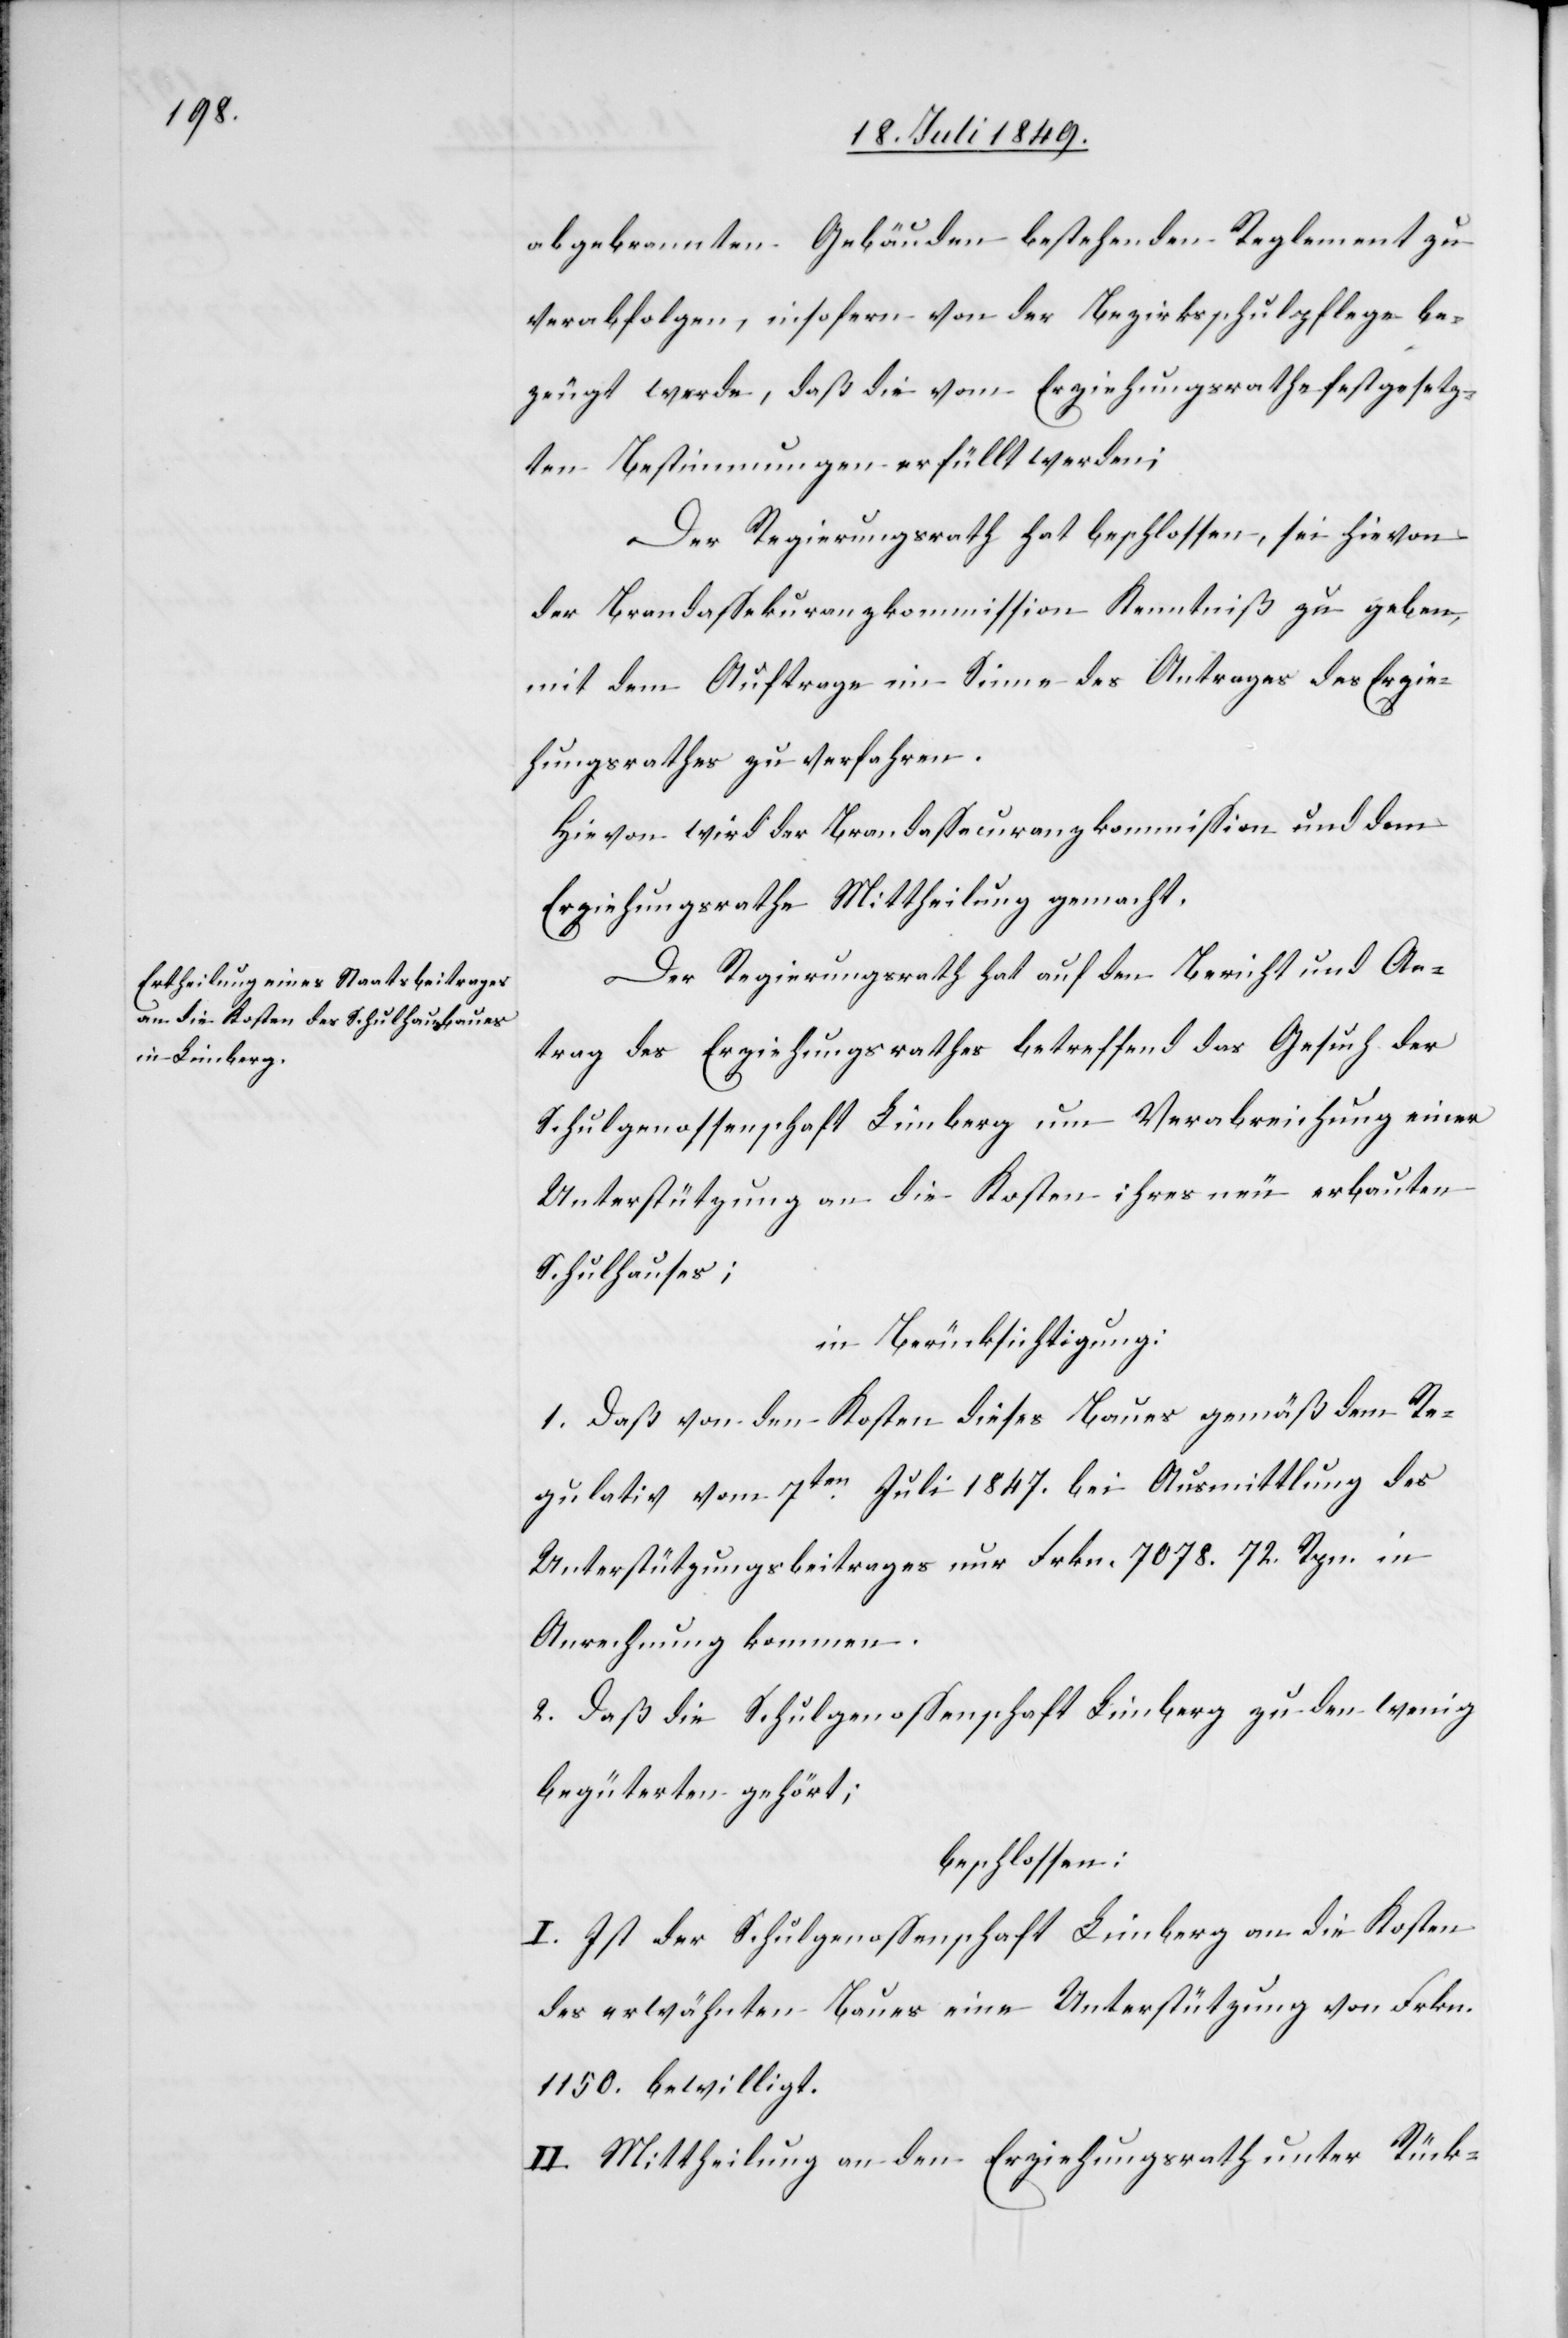
abgebrannten Gebäuden bestehenden Reglement zu
verabfolgen, insofern von der Bezirksschulpflege be¬
zeugt werde, daß die vom Erziehungsrathe festgesetz¬
ten Bestimmungen erfüllt werden;
Der Regierungsrath hat beschlossen, sei hievon
der Brandassekuranzkommission Kenntniß zu geben,
mit dem Auftrage im Sinne des Antrages des Erzie¬
hungsrathes zu verfahren.
Hievon wird der Brandassecuranzkommission und dem
Erziehungsrathe Mittheilung gemacht.
Der Regierungsrath hat auf den Bericht und An¬
trag des Erziehungsrathes betreffend das Gesuch der
Schulgenossenschaft Limberg um Verabreichung einer
Unterstützung an die Kosten ihres neu erbauten
Schulhauses;
in Berücksichtigung
1. Daß von den Kosten dieses Baues gemäß dem Re¬
gulativ vom 7ten Juli 1847. bei Ausmittlung des
Unterstützungsbeitrages nur Frkn. 7078. 72. Rpn. in
Anrechnung kommen.
2. Daß die Schulgenossenschaft Limberg zu den wenig
begüterten gehört;
beschlossen:
I. Ist der Schulgenossenschaft Limberg an die Kosten
des erwähnten Baues eine Unterstützung von Frkn.
1150. bewilligt.
II. Mittheilung an den Erziehungsrath unter Rück-